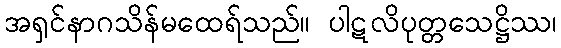
အရှင်နာဂသိန်မထေရ်သည်။ ပါဋလိပုတ္တသေဋ္ဌိဿ၊